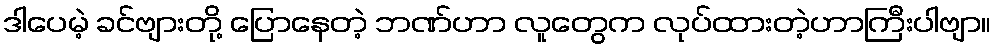
ဒါပေမဲ့ ခင်ဗျားတို့ ပြောနေတဲ့ ဘဏ်ဟာ လူတွေက လုပ်ထားတဲ့ဟာကြီးပါဗျာ။